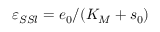
\varepsilon _ { S S l } = e _ { 0 } / ( K _ { M } + s _ { 0 } )